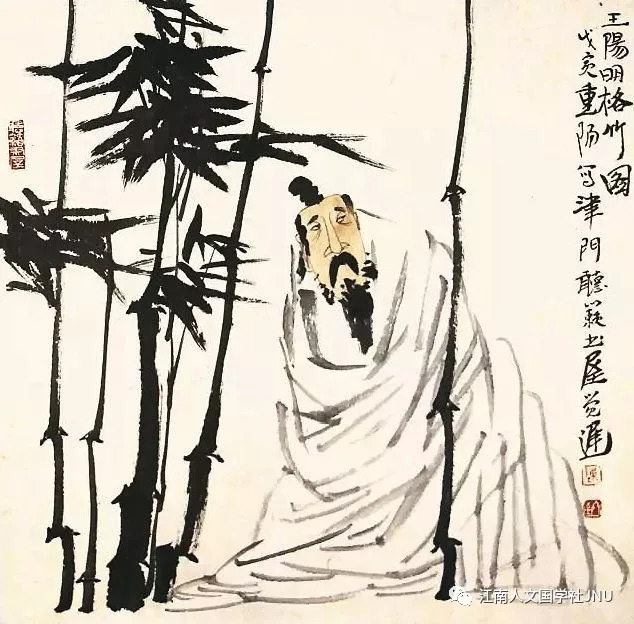
志士仁人，无求生以害仁，有杀身以成仁。